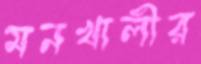
মনখালীর